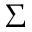
\Sigma